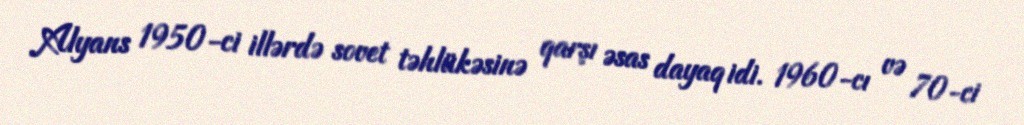
Alyans 1950-ci illərdə sovet təhlükəsinə qarşı əsas dayaq idi. 1960-cı və 70-ci